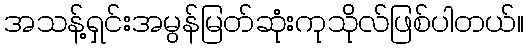
အသန့်ရှင်းအမွန်မြတ်ဆုံးကုသိုလ်ဖြစ်ပါတယ်။